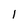
Character: 1